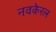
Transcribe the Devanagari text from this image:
नवकेरल